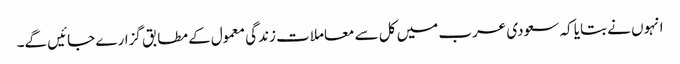
انہوں نے بتایا کہ سعودی عرب میں کل سے معاملات زندگی معمول کے مطابق گزارے جائیں گے۔